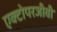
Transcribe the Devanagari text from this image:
एक्टोपरजीवी